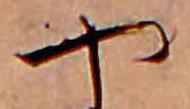
や